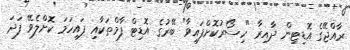
ރާއްޖޭގެ އޮޑިޓިން ދާއިރާ "ހިސޯރުކޮށްފައިވާ" ބޭރުގެ އޮޑިޓް ފާމްތަކާއި ފައިހަމަ ކޮށްލެވޭ ފަދަ